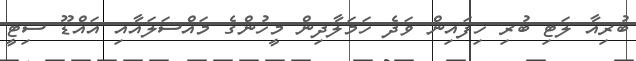
ބުރިއާ ލަޓި ބުރި ހިފައިން ވަދެ ހަމަލާދިން މީހުންގެ މައްސަލައާއި އައްޑޫ ސިޓީ